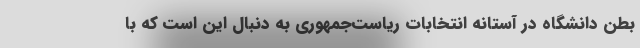
بطن دانشگاه در آستانه انتخابات ریاست‌جمهوری به دنبال این است که با